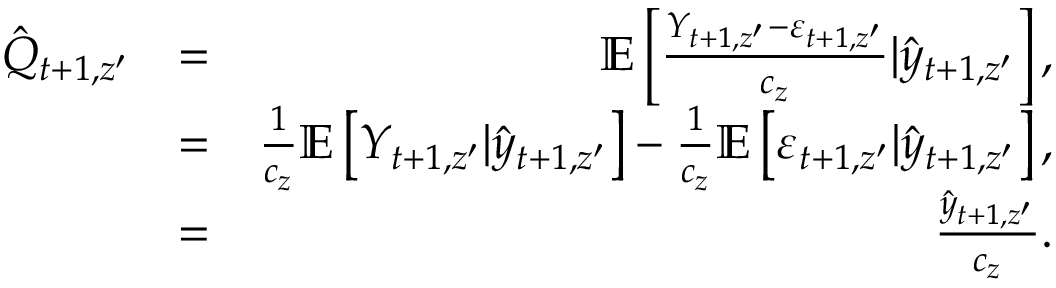
\begin{array} { r l r } { \hat { Q } _ { t + 1 , z ^ { \prime } } } & { = } & { \mathbb { E } \left[ \frac { Y _ { t + 1 , z ^ { \prime } } - \varepsilon _ { t + 1 , z ^ { \prime } } } { c _ { z } } | \hat { y } _ { t + 1 , z ^ { \prime } } \right] , } \\ & { = } & { \frac { 1 } { c _ { z } } \mathbb { E } \left[ Y _ { t + 1 , z ^ { \prime } } | \hat { y } _ { t + 1 , z ^ { \prime } } \right] - \frac { 1 } { c _ { z } } \mathbb { E } \left[ \varepsilon _ { t + 1 , z ^ { \prime } } | \hat { y } _ { t + 1 , z ^ { \prime } } \right] , } \\ & { = } & { \frac { \hat { y } _ { t + 1 , z ^ { \prime } } } { c _ { z } } . } \end{array}